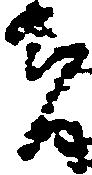
者